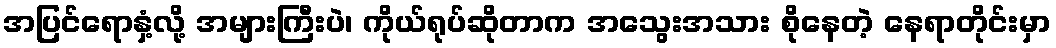
အပြင်ရောနှံ့လို့ အများကြီးပဲ၊ ကိုယ်ရုပ်ဆိုတာက အသွေးအသား စိုနေတဲ့ နေရာတိုင်းမှာ